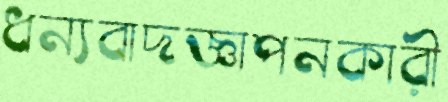
ধন্যবাদজ্ঞাপনকারী